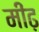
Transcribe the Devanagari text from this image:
मींढ़